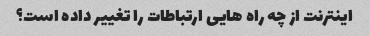
اینترنت از چه راه هایی ارتباطات را تغییر داده است؟